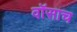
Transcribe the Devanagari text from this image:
वॉसाच